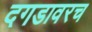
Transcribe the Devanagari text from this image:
दगडावरच